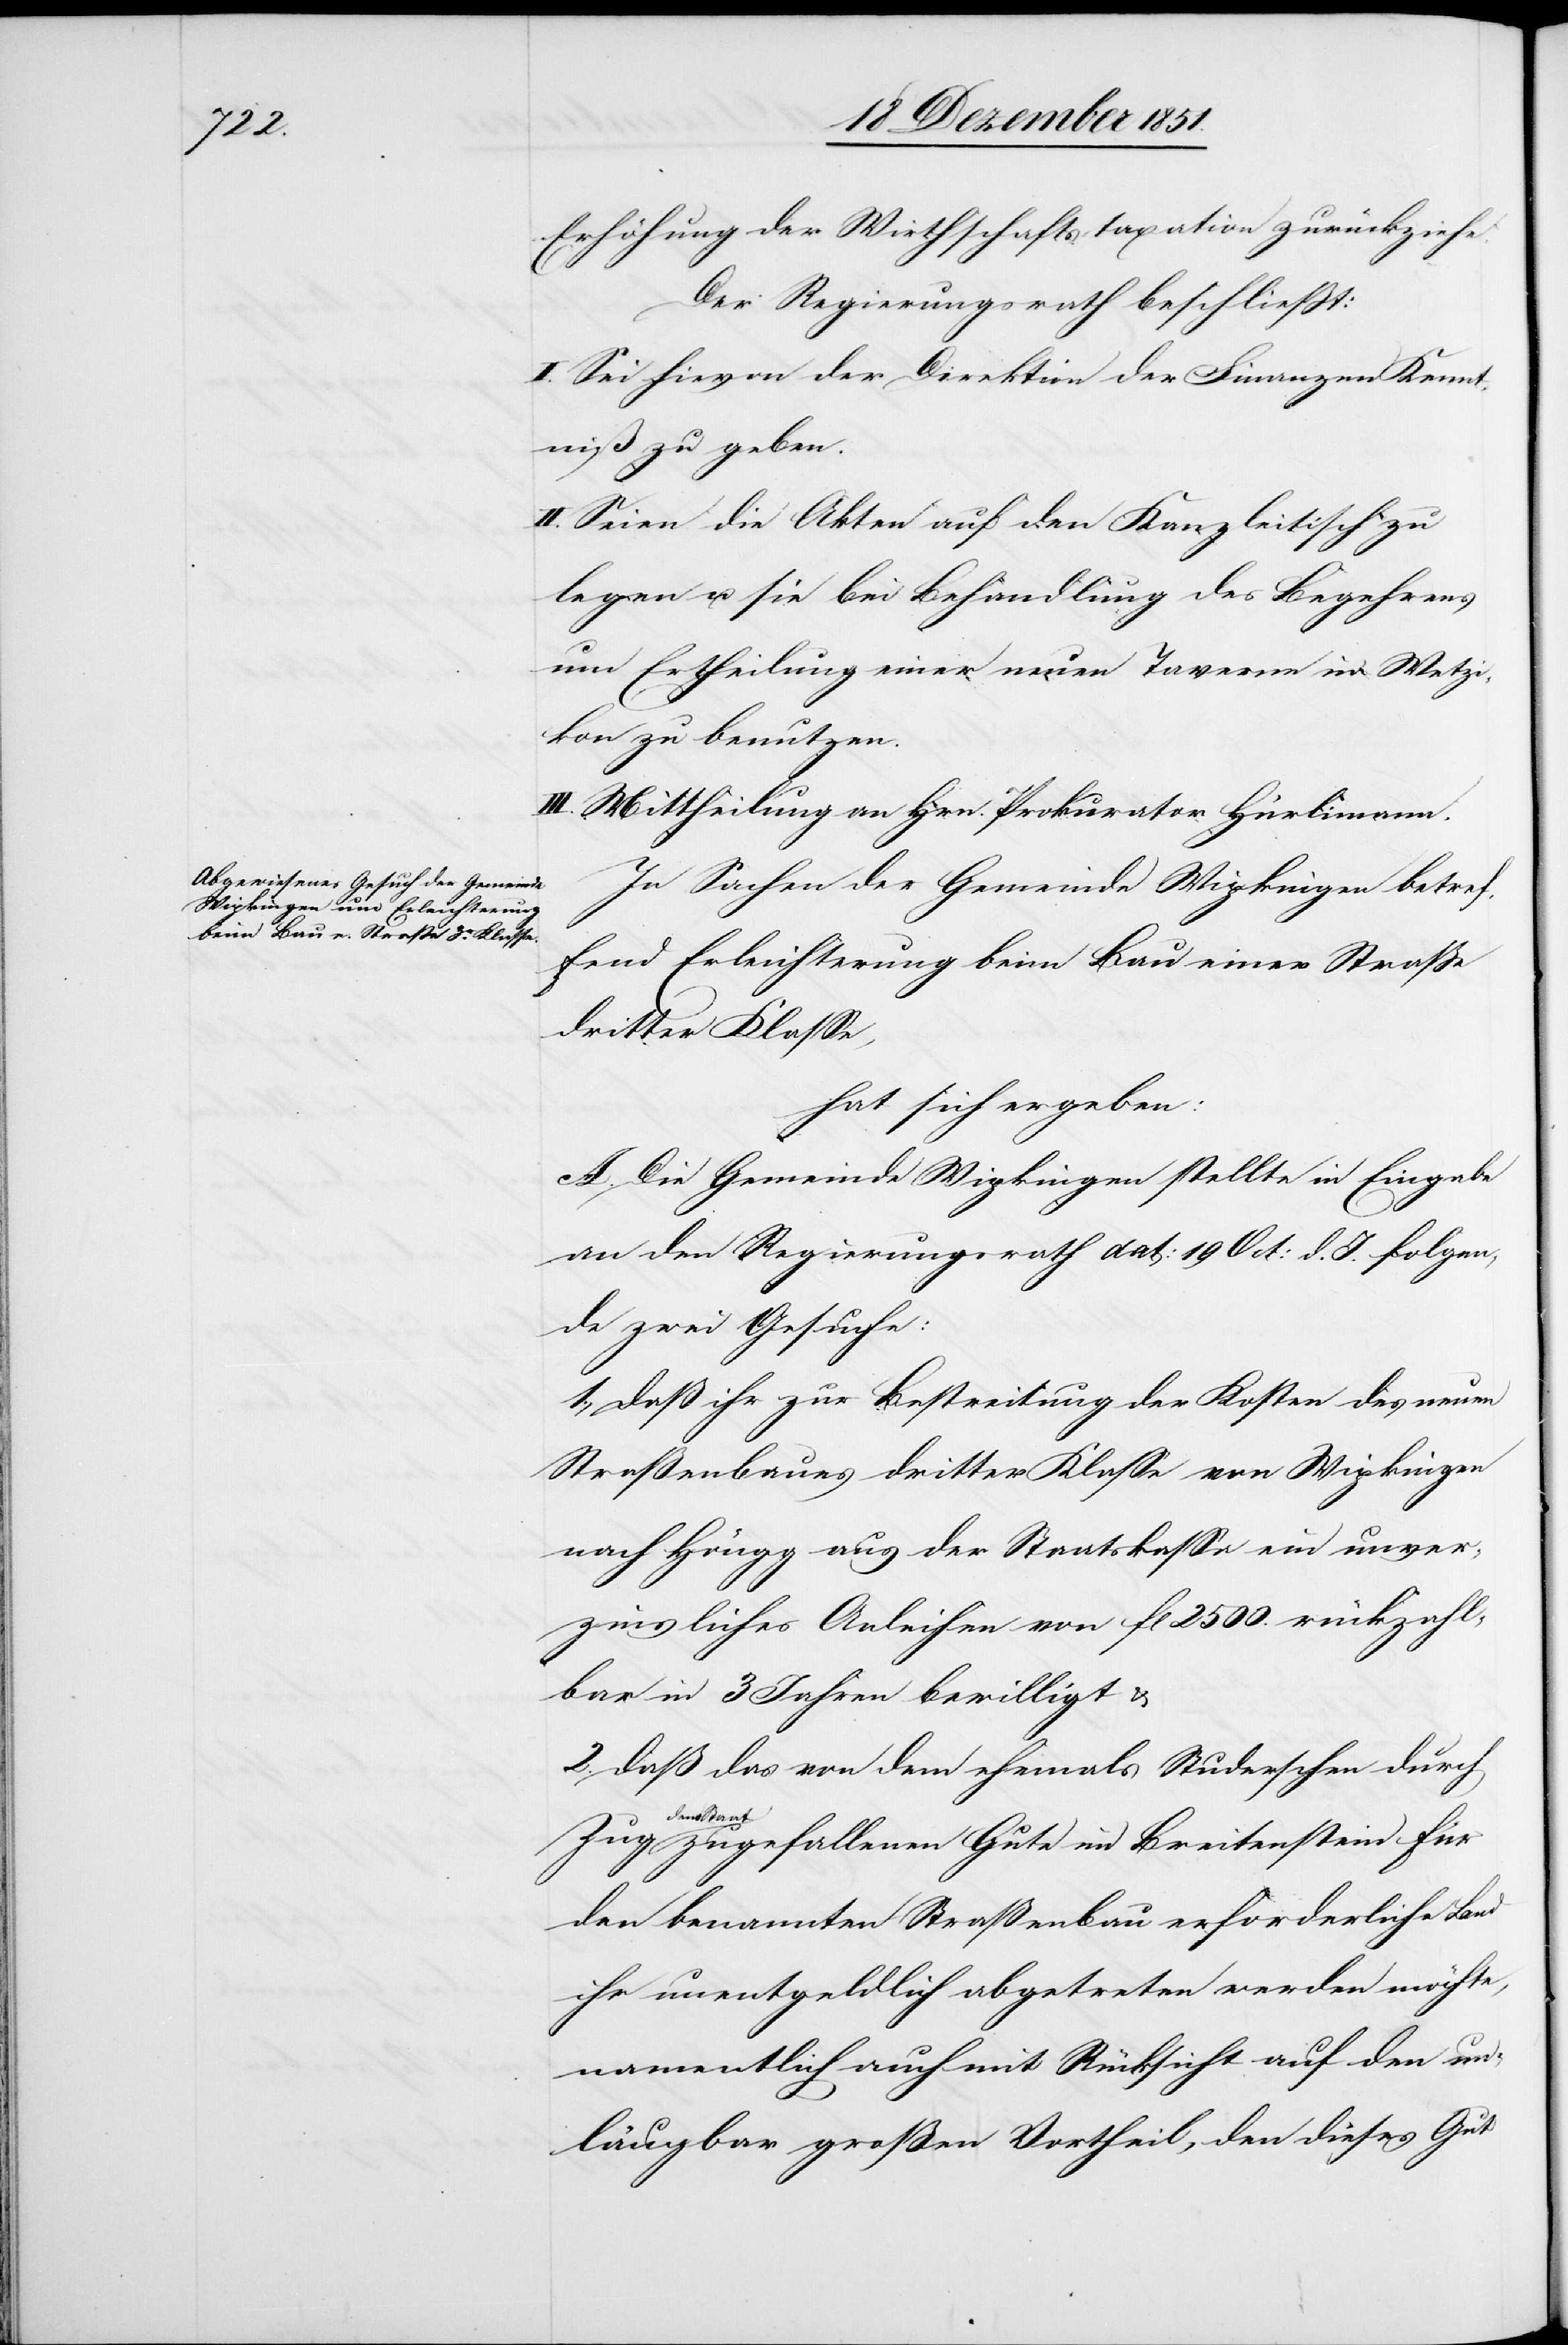
Erhöhung der Wirthschaftstaxation zurückziehe.
Der Regierungsrath beschließt:
I. Sei hievon der Direktion der Finanzen Kennt¬
niß zu geben.
II. Seien die Akten auf den Kanzleitisch zu
legen u. sie bei Behandlung des Begehrens
um Ertheilung einer neuen Taverne in Wetzi¬
kon zu benutzen.
III. Mittheilung an Hrn. Prokurator Hürlimann.
In Sachen der Gemeinde Wipkingen betref¬
fend Erleichterung beim Bau einer Straße
dritter Klasse,
hat sich ergeben:
A. Die Gemeinde Wipkingen stellte in Eingabe
an den Regierungsrath dat: 19 Oct: d. J. folgen¬
de zwei Gesuche:
1., daß ihr zur Bestreitung der Kosten des neuen
Straßenbaues dritter Klasse von Wipkingen
nach Höngg aus der Staatskassa ein unver¬
zinsliches Anleihen von fl 2500. rückzahl¬
bar in 3 Jahren bewilligt &
2. daß das von dem ehemals Studerschen durch
Zug
dem St¬
aat zugefallenen Gute im Breitenstein für
den benannten Straßenbau erforderliche Land
ihr unentgeldlich abgetreten werden möchte,
namentlich auch mit Rücksicht auf den un¬
läugbar großen Vortheil, den dieses Gut